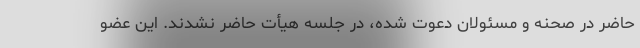
حاضر در صحنه و مسئولان دعوت شده، در جلسه هیأت حاضر نشدند. این عضو